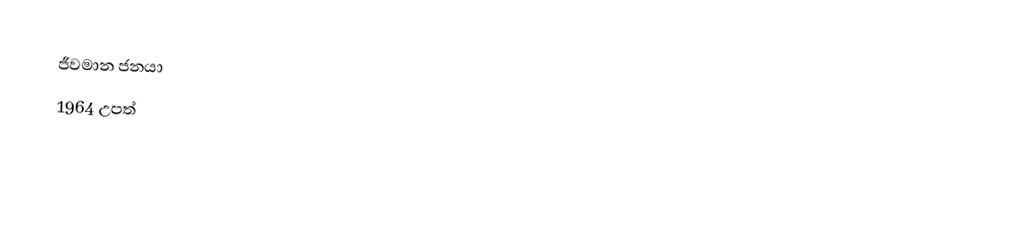
ජීවමාන ජනයා
1964 උපත්